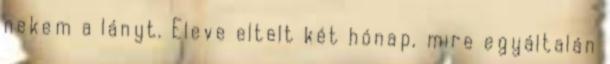
nekem a lányt. Eleve eltelt két hónap, mire egyáltalán